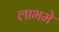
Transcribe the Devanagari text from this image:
लाभमे